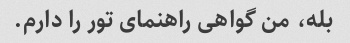
بله، من گواهی راهنمای تور را دارم.